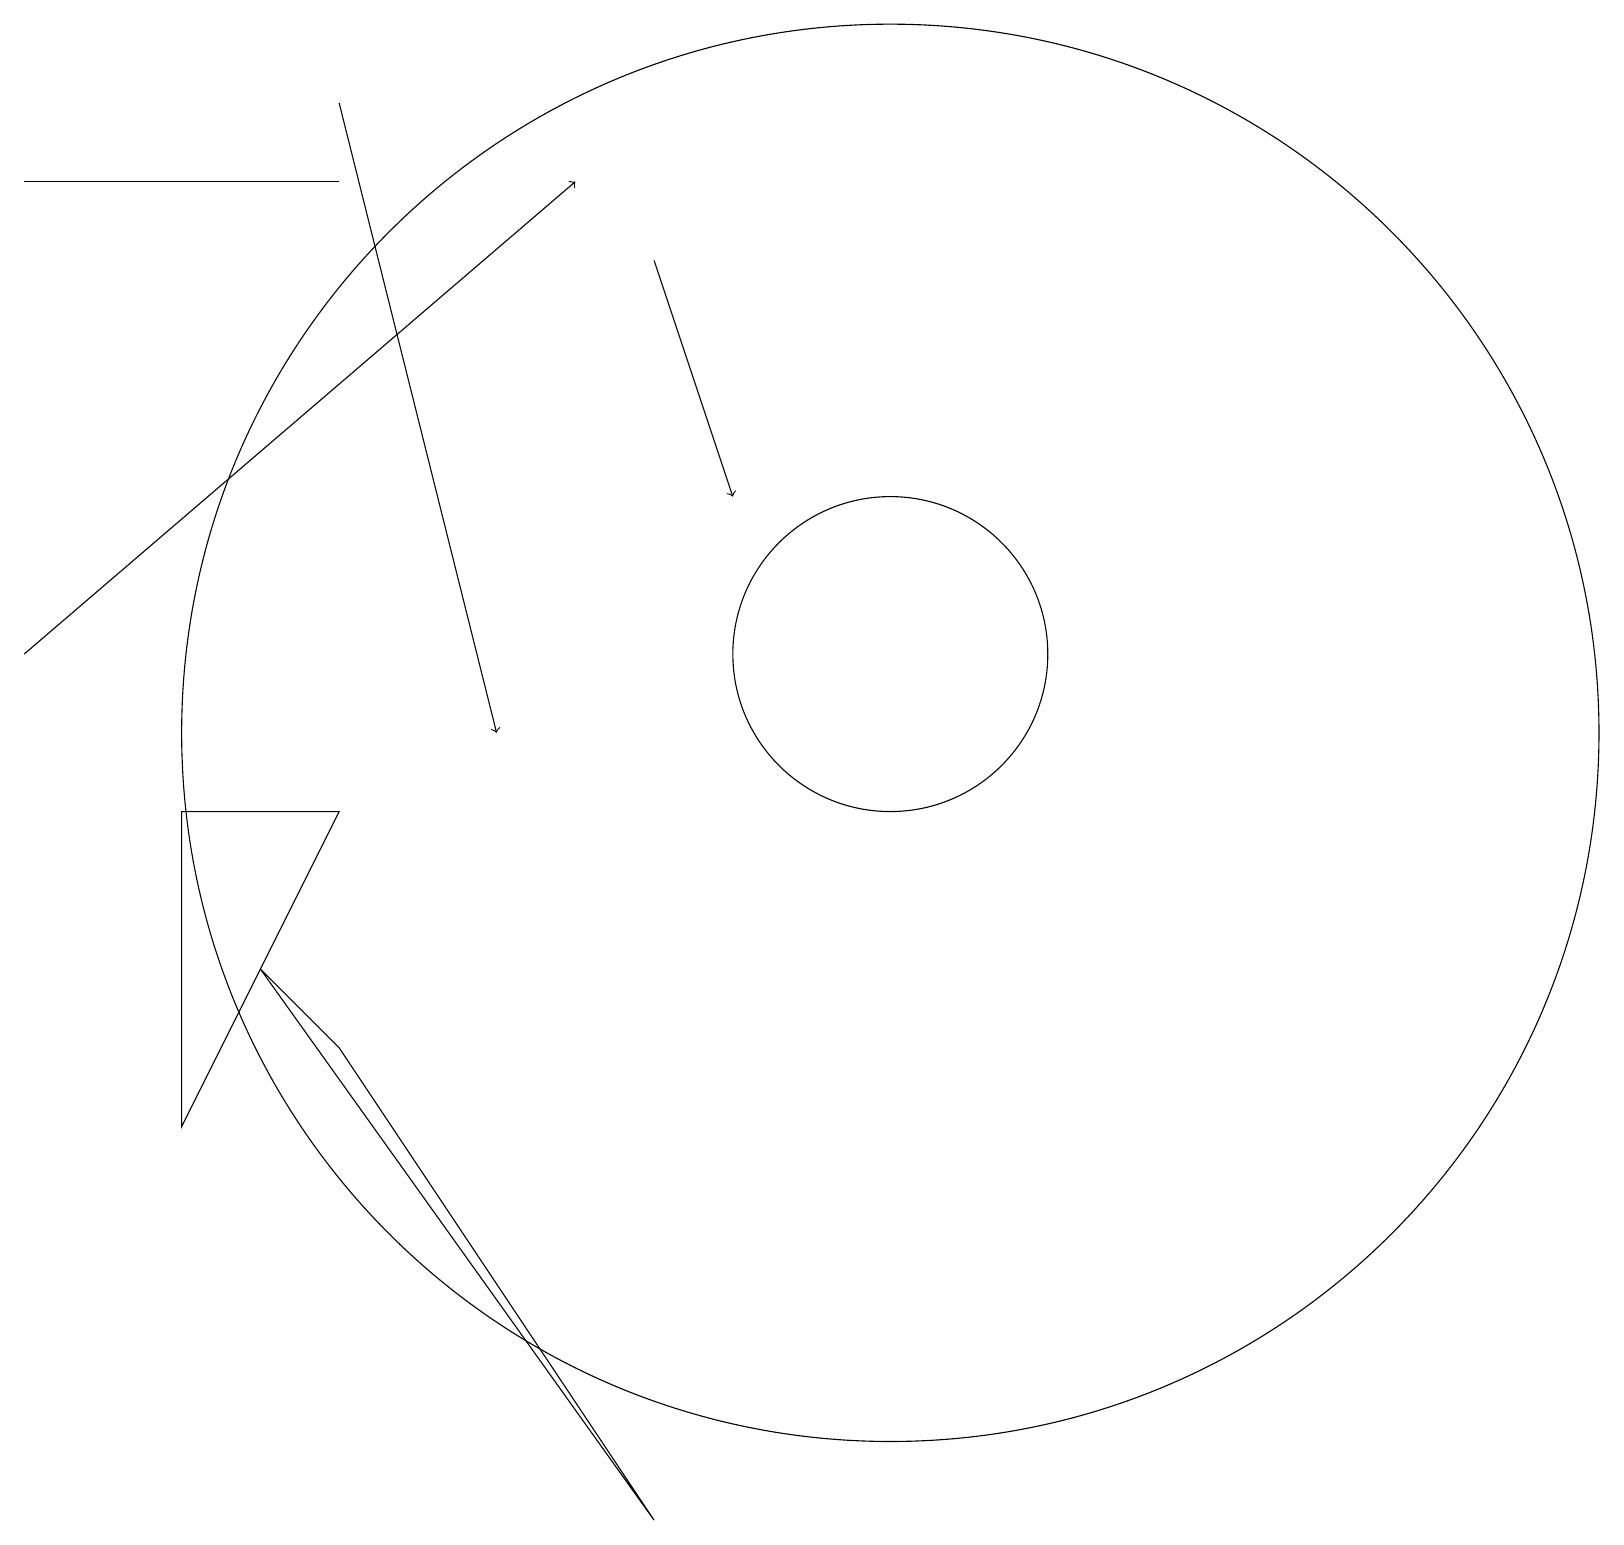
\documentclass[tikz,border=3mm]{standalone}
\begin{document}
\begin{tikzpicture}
\draw (11,10) circle (9);
\draw (2,9) -- (4,9) -- (2,5) -- cycle;
\draw[->] (8,16) -- (9,13);
\draw (0,17) rectangle (4,17);
\draw[->] (0,11) -- (7,17);
\draw[->] (4,18) -- (6,10);
\draw (11,11) circle (2);
\draw (3,7) -- (4,6) -- (8,0) -- cycle;
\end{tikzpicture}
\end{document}